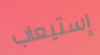
إستيعاب